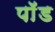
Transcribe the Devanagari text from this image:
पाॅॅड